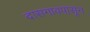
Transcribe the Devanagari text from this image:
दासगावपासून